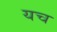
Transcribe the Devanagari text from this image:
यच